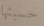
حسبتها